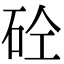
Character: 砼